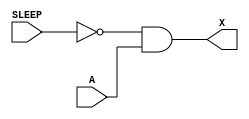
module sky130_fd_sc_hd__lpflow_isobufsrckapwr (
    X    ,
    SLEEP,
    A
);

    // Module ports
    output X    ;
    input  SLEEP;
    input  A    ;

    // Module supplies
    supply1 KAPWR;
    supply1 VPWR ;
    supply0 VGND ;
    supply1 VPB  ;
    supply0 VNB  ;

    // Local signals
    wire not0_out  ;
    wire and0_out_X;

    //  Name  Output      Other arguments
    not not0 (not0_out  , SLEEP          );
    and and0 (and0_out_X, not0_out, A    );
    buf buf0 (X         , and0_out_X     );

endmodule